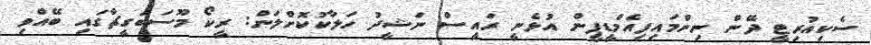
ސެކިއުރިޓީ ދޭން ނިންމައިފިއެމްޑީޕީން އުޅެނީ ރައީސް ނަޝީދު ހަލާކުކޮށްލަން: ރީކޯ މޫސަބަގީޗާގައި ބޭއްވި